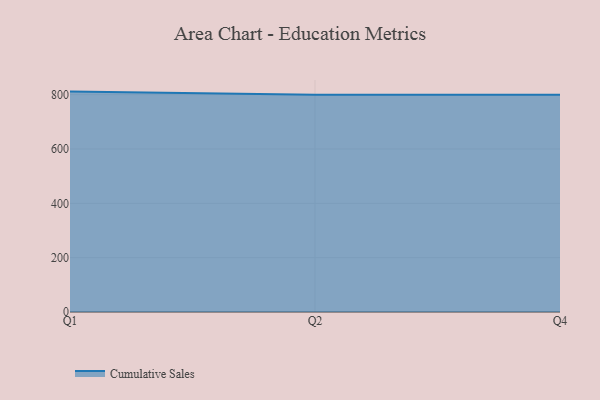
{"axis": {"x": "Quarter", "y": "Active Users"}, "legend": ["Cumulative Sales"], "data": [{"x": "Q1", "y": 811.3, "type": "Cumulative Sales"}, {"x": "Q2", "y": 800, "type": "Cumulative Sales"}, {"x": "Q4", "y": 800, "type": "Cumulative Sales"}]}